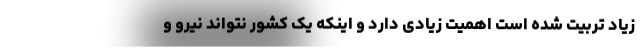
زیاد تربیت شده است اهمیت زیادی دارد و اینکه یک کشور نتواند نیرو و